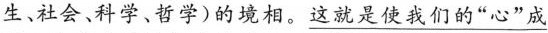
生、社会、科学、哲学)的境相。\underline{这就是使我们的”心”成}